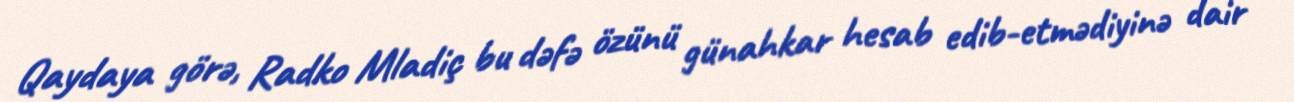
Qaydaya görə, Radko Mladiç bu dəfə özünü günahkar hesab edib-etmədiyinə dair